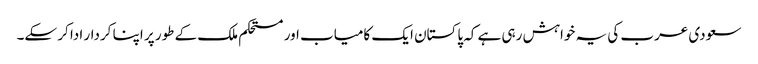
سعودی عرب کی یہ خواہش رہی ہے کہ پاکستان ایک کامیاب اور مستحکم ملک کے طور پر اپنا کردار ادا کر سکے۔